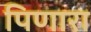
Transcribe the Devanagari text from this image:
पिणारा